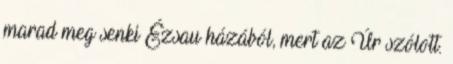
marad meg senki Ézsau házából, mert az Úr szólott.